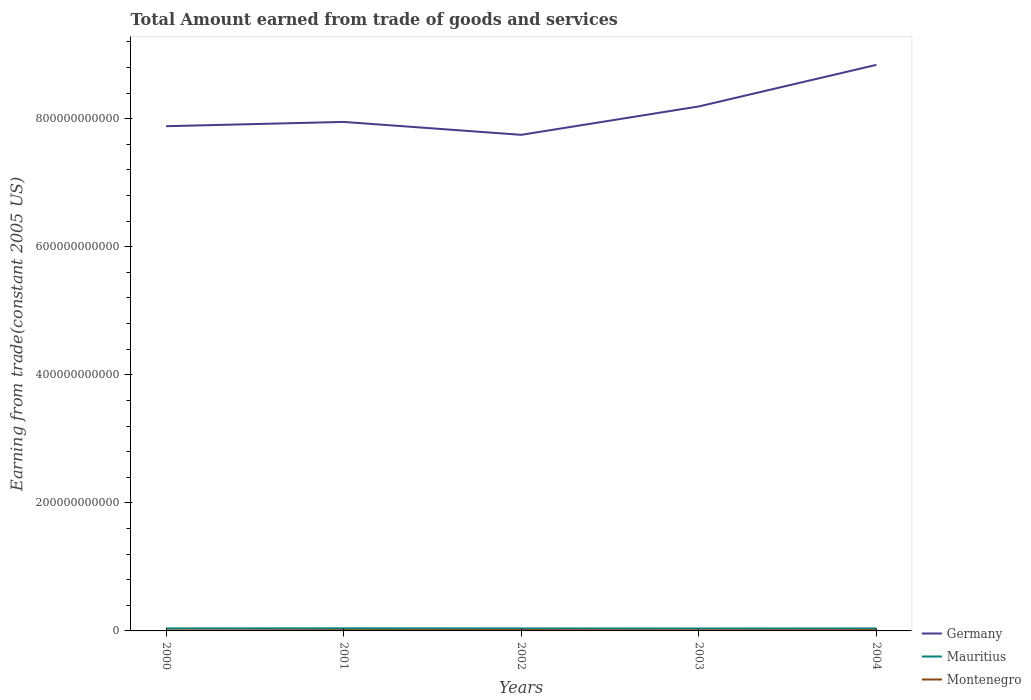
| Years | Germany | Mauritius | Montenegro |
 | --- | --- | --- | --- |
 | 2000 | 7.88e+11 | 3.92e+09 | 7.19e+08 |
 | 2001 | 7.95e+11 | 4.04e+09 | 1.18e+09 |
 | 2002 | 7.75e+11 | 3.91e+09 | 1.22e+09 |
 | 2003 | 8.19e+11 | 3.78e+09 | 9.18e+08 |
 | 2004 | 8.84e+11 | 3.89e+09 | 1.21e+09 |